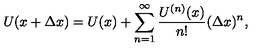
U ( x + \Delta x ) = U ( x ) + \sum _ { n = 1 } ^ { \infty } \frac { U ^ { ( n ) } ( x ) } { n ! } ( \Delta x ) ^ { n } ,